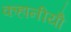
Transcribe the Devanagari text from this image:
कहानीयोँ